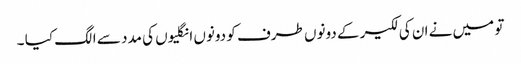
تو میں نے ان کی لکیر کے دونوں طرف کو دونوں انگلیوں کی مدد سے الگ کیا ۔